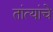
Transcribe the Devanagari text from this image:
तांत्यांचे